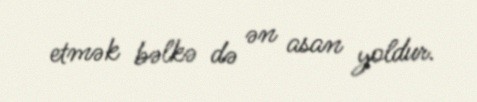
etmək bəlkə də ən asan yoldur.